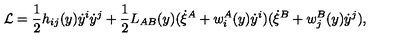
{ \cal L } = \frac { 1 } { 2 } h _ { i j } ( y ) \dot { y } ^ { i } \dot { y } ^ { j } + \frac { 1 } { 2 } L _ { A B } ( y ) ( \dot { \xi } ^ { A } + w _ { i } ^ { A } ( y ) \dot { y } ^ { i } ) ( \dot { \xi } ^ { B } + w _ { j } ^ { B } ( y ) \dot { y } ^ { j } ) ,